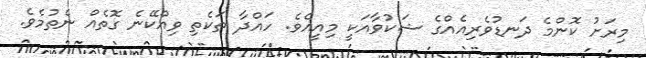
މިރަށު ކޮންމެ ދަނޑުވެރިއެއްގެ ޝަކުވާއަކީ މިއީއެވެ. ހައްދާ ތަކެތި ވިއްކޭނެ ގޮތެއް ނެތުމެވެ.